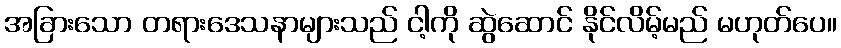
အခြားသော တရားဒေသနာများသည် ငါ့ကို ဆွဲဆောင် နိုင်လိမ့်မည် မဟုတ်ပေ။